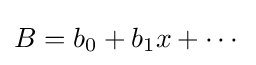
B=b_{0}+b_{1}x+\cdots